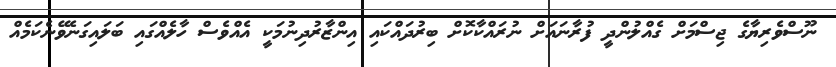
ނޫސްވެރިޔާގެ ޖިސްމަށް ގެއްލުންދީ ފުރާނައަށް ނުރައްކާކޮށް ބިރުދައްކައި އިންޒާރުދިނުމަކީ އެއްވެސް ހާލެއްގައި ބަލައިގަނެވޭނެކަމެއް